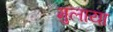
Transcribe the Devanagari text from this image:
मुलाया